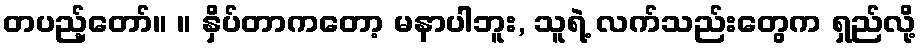
တပည့်တော်။ ။ နှိပ်တာကတော့ မနာပါဘူး, သူရဲ့ လက်သည်းတွေက ရှည်လို့